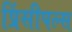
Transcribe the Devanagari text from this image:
प्रिंसीपल्स